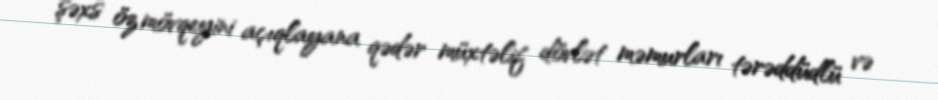
şəxs öz mövqeyini açıqlayana qədər müxtəlif dövlət məmurları tərəddüdlü və